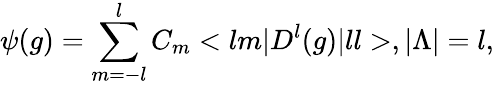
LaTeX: \psi(g)=\sum_{m=-l}^{l}C_{m}<lm|D^{l}(g)|ll>,|{\Lambda}|=l,